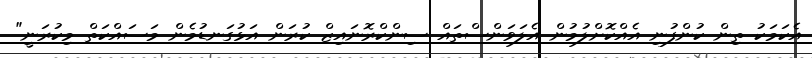
އެކަމަކު ތިން ކުންފުނި އެއްކޮށްލުމުން އެލަވަންސްތައް ސިންކްރޮނައިޒް ކުރަން އަޅުގަނޑުމެން މަސައްކަތް މިކުރަނީ"